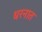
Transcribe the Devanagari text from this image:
धरनात